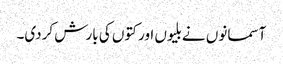
آسمانوں نے بلیوں اور کتوں کی بارش کردی۔